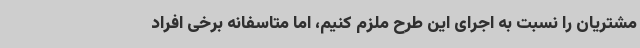
مشتریان را نسبت به اجرای این طرح ملزم کنیم، اما متاسفانه برخی افراد